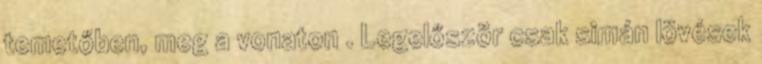
temetőben, meg a vonaton . Legelőször csak simán lövések